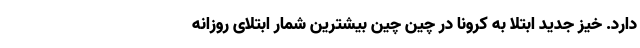
دارد. خیز جدید ابتلا به کرونا در چین چین بیشترین شمار ابتلای روزانه